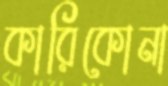
কারিকোনা